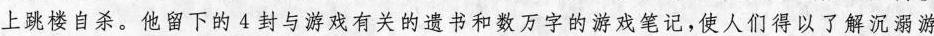
上跳楼自杀。他留下的 4 封与游戏有关的遗书和数万字的游戏笔记，使人们得以了解沉溺游